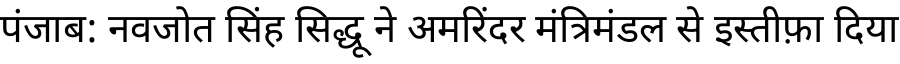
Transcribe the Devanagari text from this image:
पंजाब: नवजोत सिंह सिद्धू ने अमरिंदर मंत्रिमंडल से इस्तीफ़ा दिया